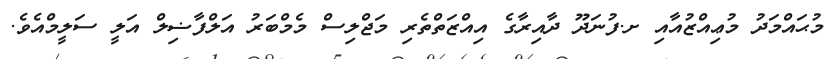
މުޙައްމަދު މުޢިއްޒުއާއި ށ.ފުނަދޫ ދާއިރާގެ އިއްޒަތްތެރި މަޖްލިސް މެމްބަރު އަލްފާޟިލް އަލީ ސަލީމްއެވެ.